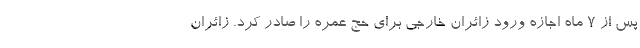
پس از 7 ماه اجازه ورود زائران خارجی برای حج عمره را صادر کرد. زائران